65_HS1-834228961_62-HQ-83894_Section_7
Agency: FBI
Page 29
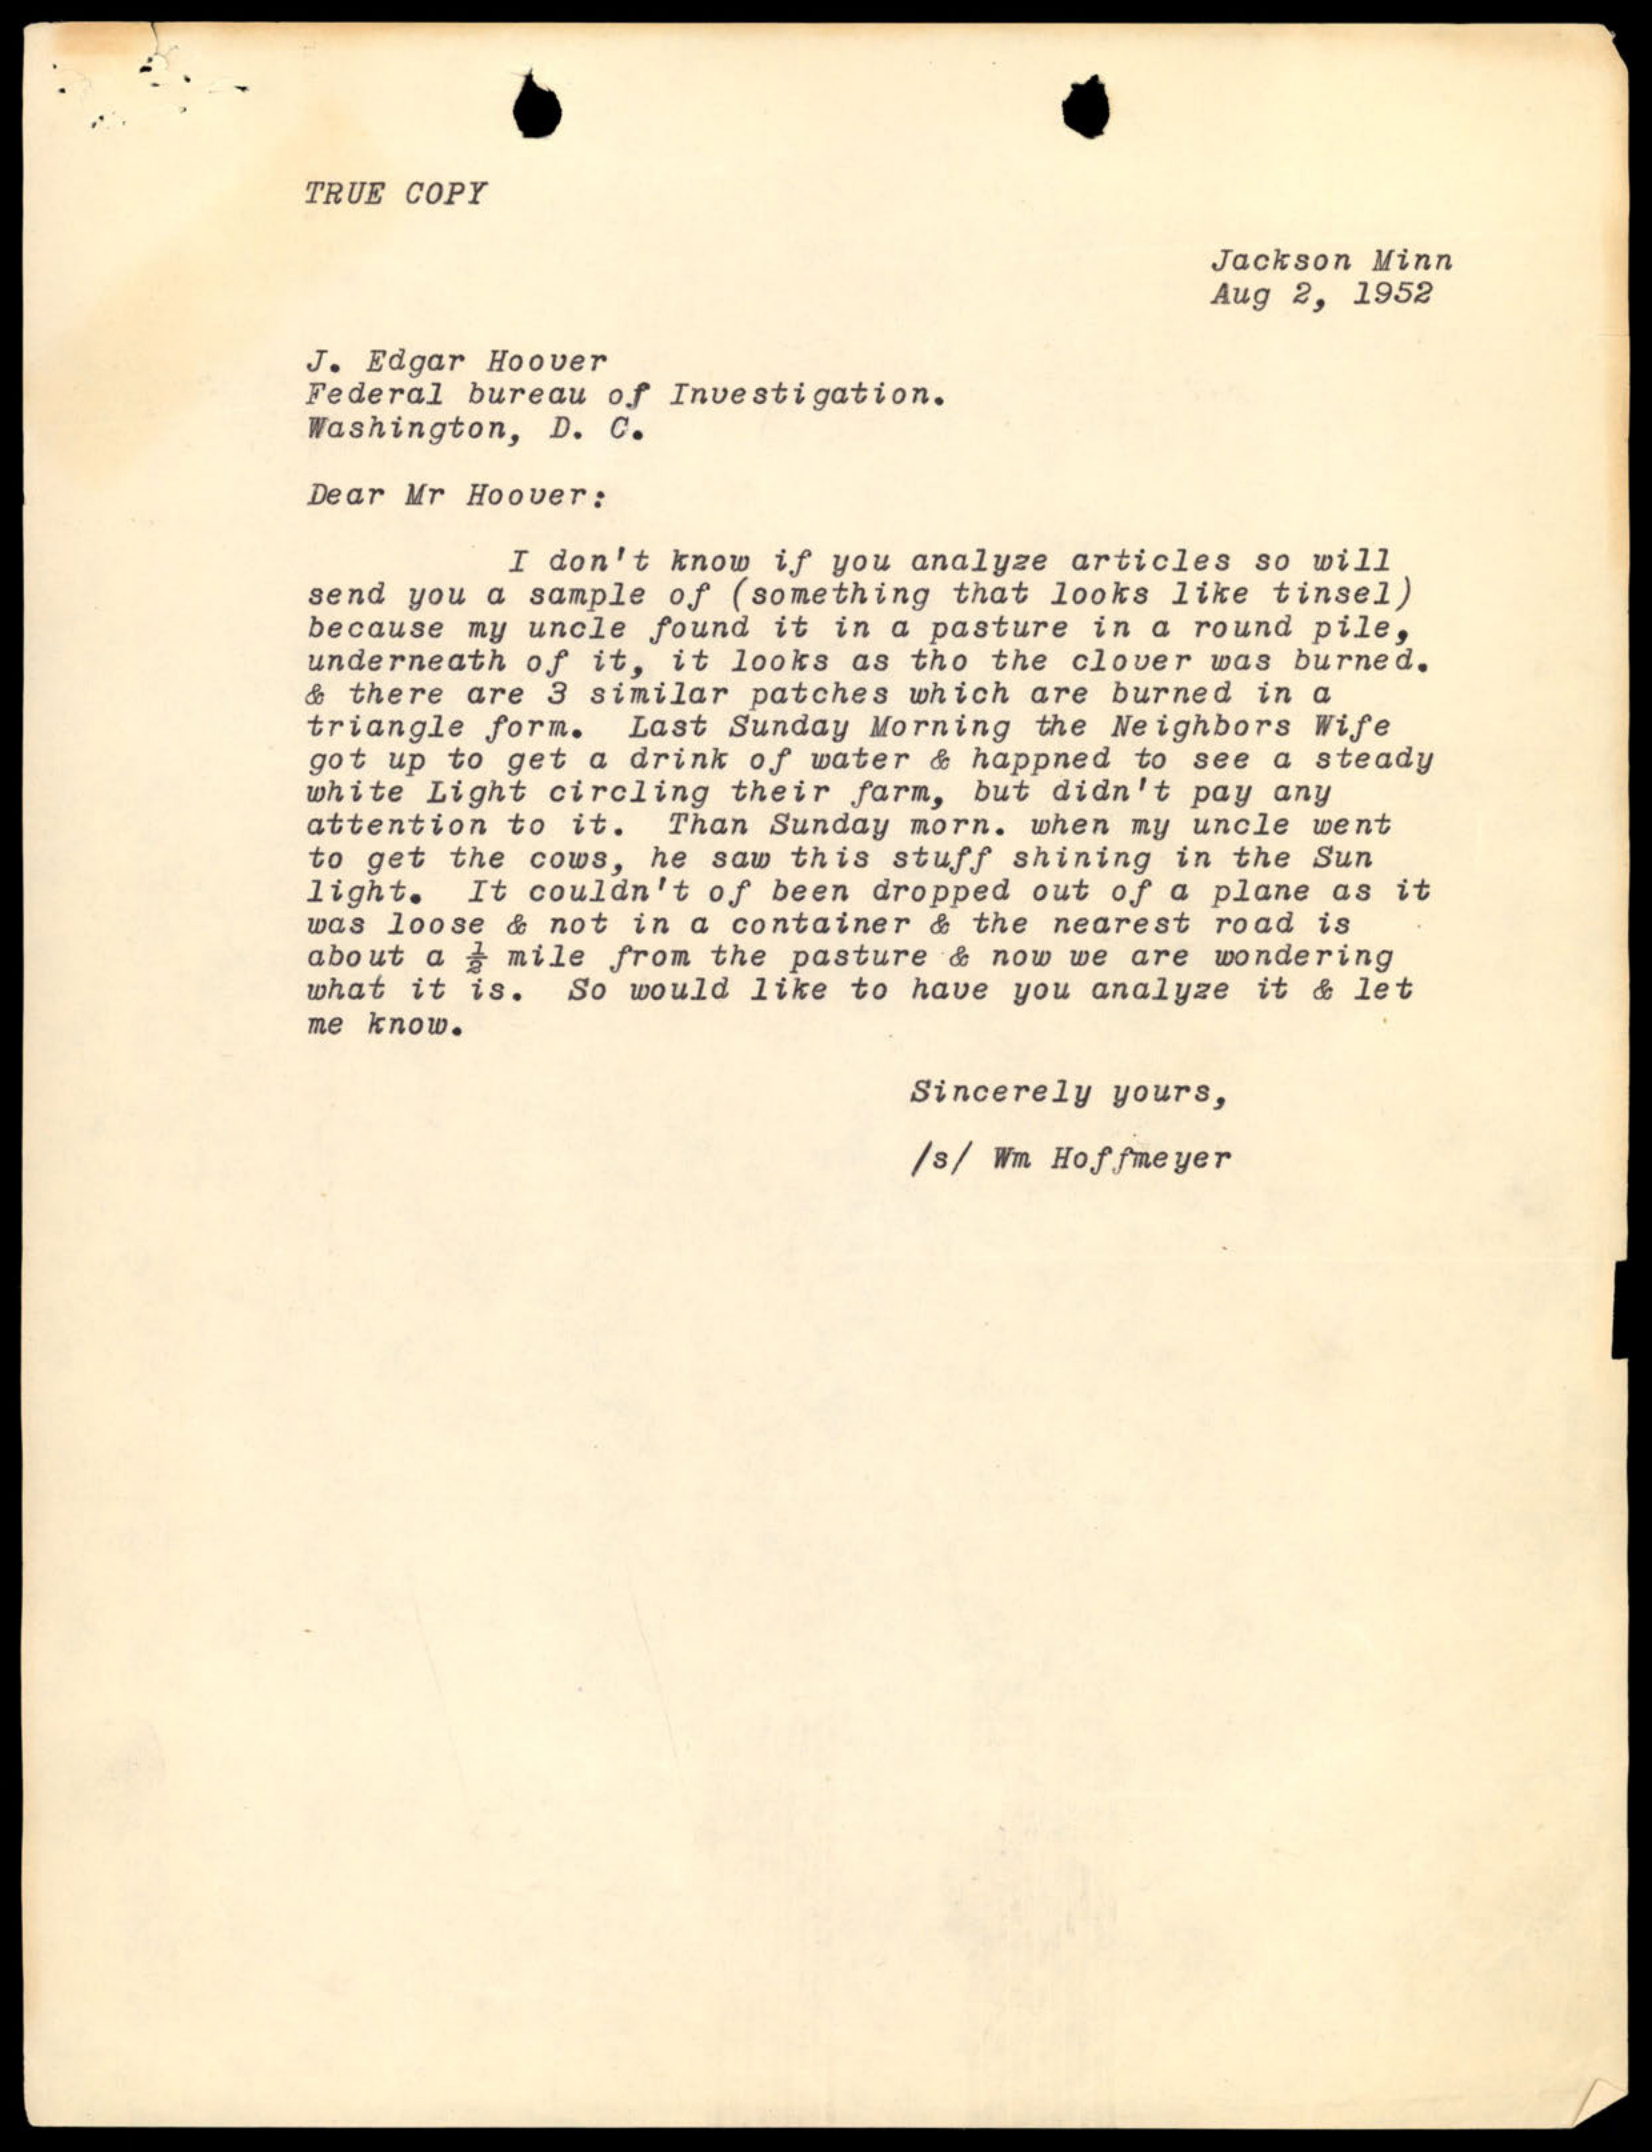